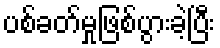
ပစ်ခတ်မှုဖြစ်ပွားခဲ့ပြီး